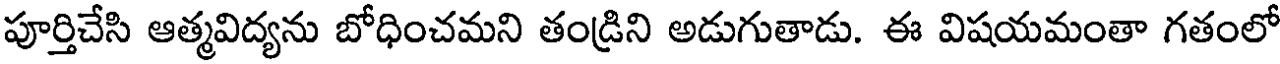
పూర్తిచేసి ఆత్మవిద్యను బోధించమని తండ్రిని అడుగుతాడు. ఈ విషయమంతా గతంలో